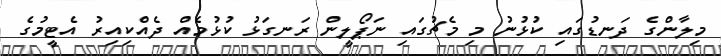
މިލާންގެ ދަނޑުގައި ކުޅުނު މި މެޗުގައި ނަޕޯލީން ރަނގަޅު ކުޅުމެއް ދެއްކިއިރު އެޓީމުގެ